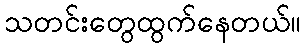
သတင်းတွေထွက်နေတယ်။